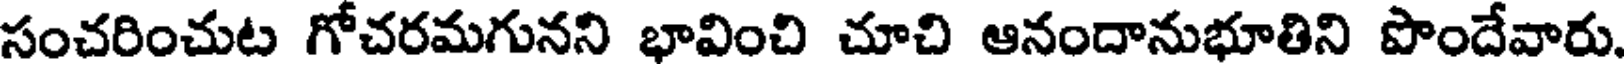
సంచరించుట గోచరమగునని భావించి చూచి ఆనందానుభూతిని పొందేవారు